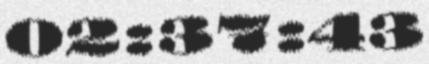
02:37:43